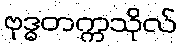
ဗုဒ္ဓတက္ကသိုလ်